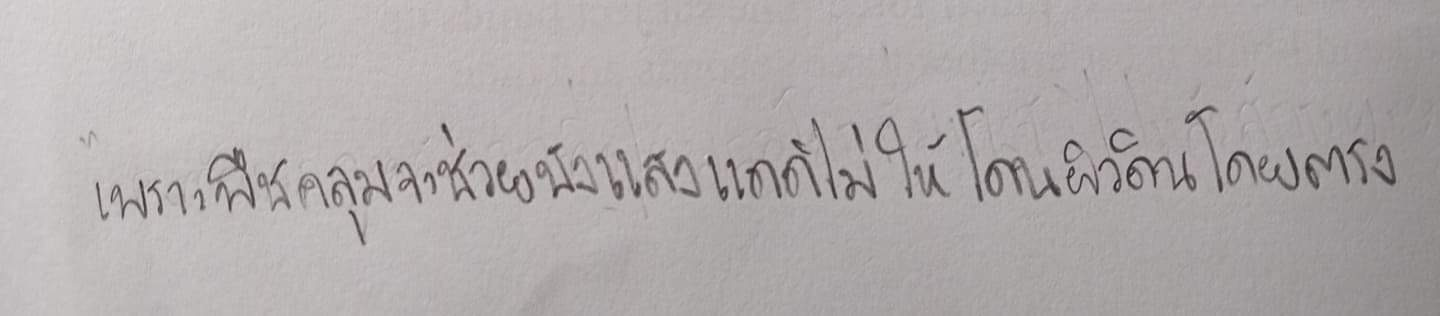
เพราะพืชคลุมจะช่วยบังแสงแดดไม่ให้โดนผิวดินโดยตรง